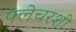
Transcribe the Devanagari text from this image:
फ्लेचरशी